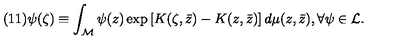
( 1 1 ) \psi ( \zeta ) \equiv \int _ { \cal M } \psi ( z ) \exp \left[ K ( \zeta , \bar { z } ) - K ( z , \bar { z } ) \right] d \mu ( z , \bar { z } ) , \forall \psi \in { \cal L } .